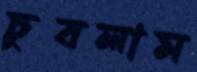
চুবলাম